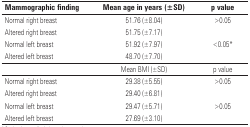
<table><thead><tr><td><b>Mammographic finding</b></td><td><b>Mean age in years (±SD)</b></td><td><b>p value</b></td></tr></thead><tbody><tr><td>Normal right breast</td><td>51.76 (±8.04)</td><td>&gt;0.05</td></tr><tr><td>Altered right breast</td><td>51.75 (±7.17)</td><td></td></tr><tr><td>Normal left breast</td><td>51.92 (±7.97)</td><td>&lt;0.05*</td></tr><tr><td>Altered left breast</td><td>48.70 (±7.70)</td><td></td></tr><tr><td></td><td>Mean BMI (±SD)</td><td>p value</td></tr><tr><td>Normal right breast</td><td>29.38 (±5.55)</td><td>&gt;0.05</td></tr><tr><td>Altered right breast</td><td>29.40 (±6.81)</td><td></td></tr><tr><td>Normal left breast</td><td>29.47 (±5.71)</td><td>&gt;0.05</td></tr><tr><td>Altered left breast</td><td>27.69 (±3.10)</td><td></td></tr></tbody></table>